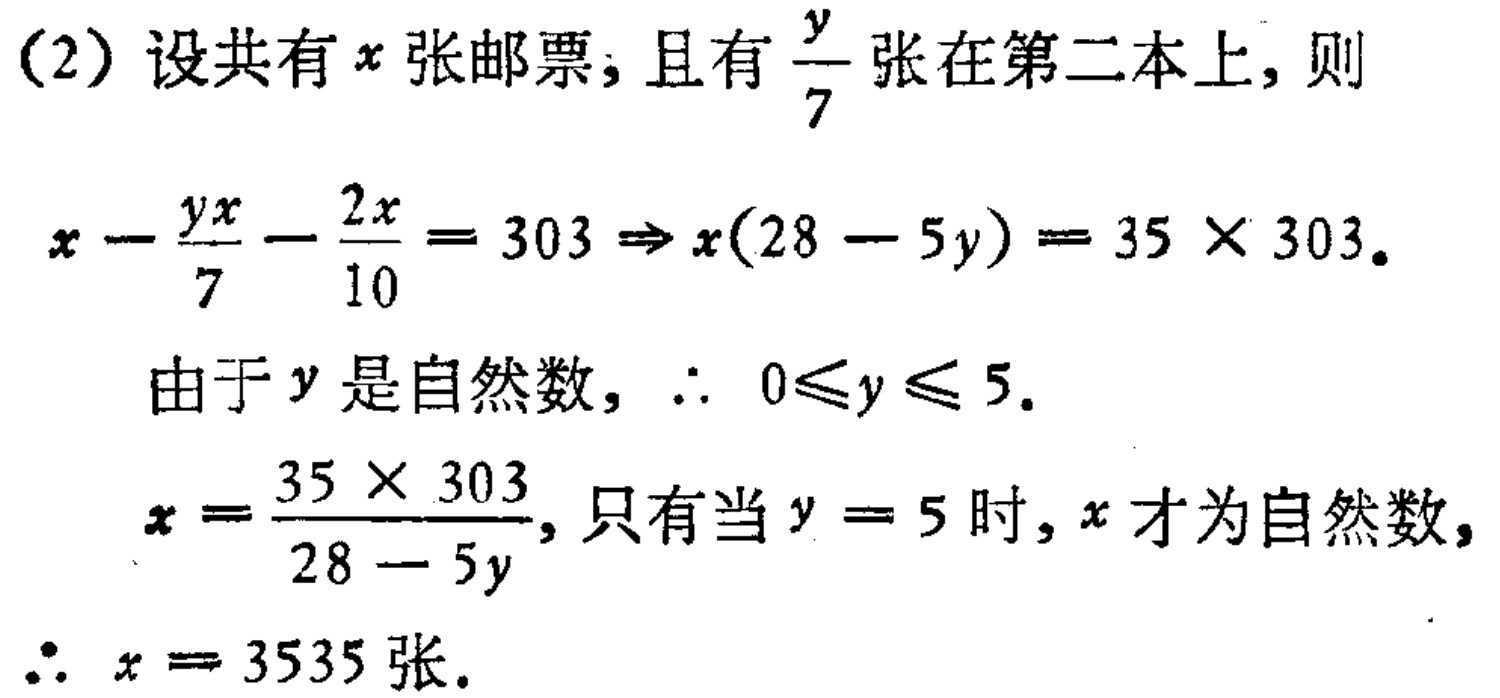
（2）设共有\(x\)张邮票，且有\(\frac{y}{7}\)张在第二本上，则
\[
x - \frac{yx}{7} - \frac{2x}{10} = 303 \Rightarrow x(28 - 5y) = 35\times303.
\]
由于\(y\)是自然数，\(\therefore 0\leq y\leq 5\).
\[
x = \frac{35\times303}{28 - 5y},
\]
只有当\(y = 5\)时，\(x\)才为自然数，
\(\therefore x = 3535\)张.